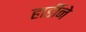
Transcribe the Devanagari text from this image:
हार्डीने